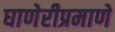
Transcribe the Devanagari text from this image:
घाणेरीप्रमाणे